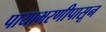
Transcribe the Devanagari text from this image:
पायाभरणीपासून